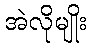
အဲလိုမျိုး